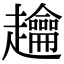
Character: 䟑